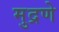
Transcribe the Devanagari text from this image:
मुद्रणे